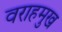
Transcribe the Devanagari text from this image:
वराहमुख